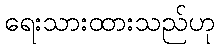
ရေးသားထားသည်ဟု